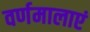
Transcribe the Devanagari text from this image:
वर्णमालाएं